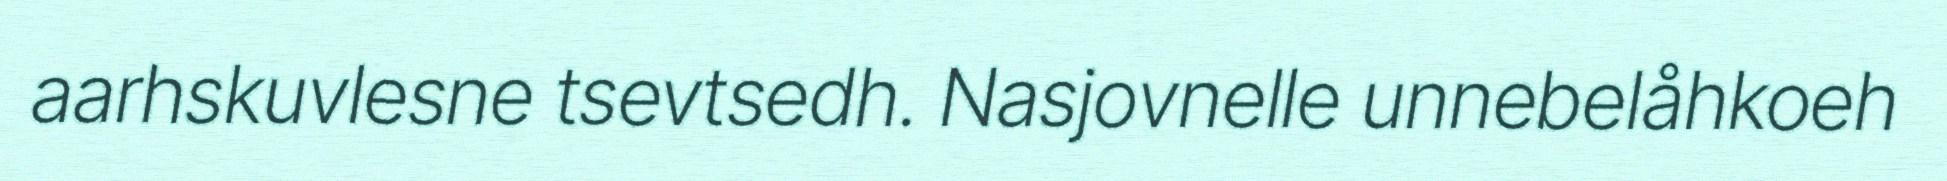
aarhskuvlesne tsevtsedh. Nasjovnelle unnebelåhkoeh